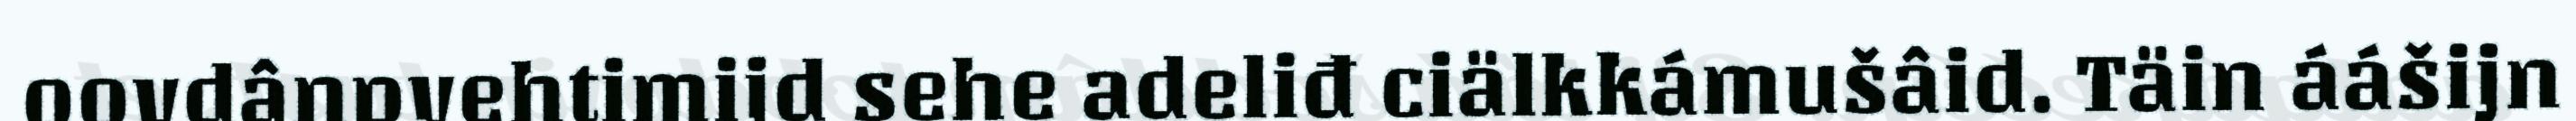
oovdânpyehtimijd sehe adeliđ ciälkkámušâid. Täin áášijn